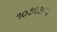
૧૦૭૬૩૯૫